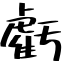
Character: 虧